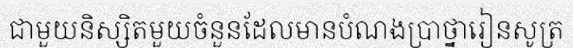
ជាមួយនិស្សិតមួយចំនួនដែលមានបំណងប្រាថ្នារៀនសូត្រ